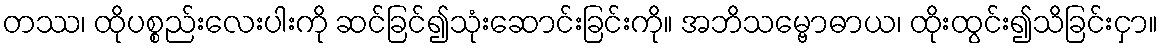
တဿ၊ ထိုပစ္စည်းလေးပါးကို ဆင်ခြင်၍သုံးဆောင်းခြင်းကို။ အဘိသမ္ဗောဓာယ၊ ထိုးထွင်း၍သိခြင်းငှာ။